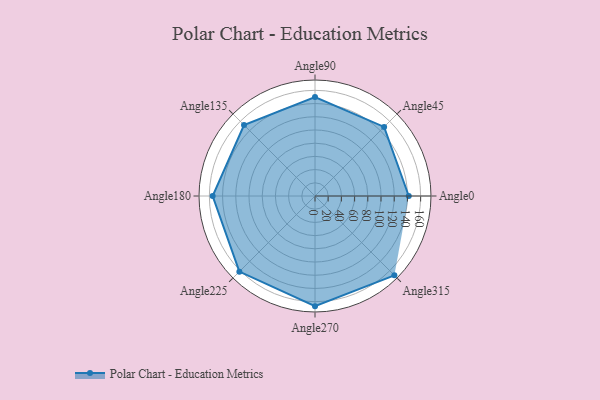
{"axis": {"x": "Angle", "y": "Radius"}, "legend": [""], "data": [{"x": "Angle0", "y": 142.0, "type": ""}, {"x": "Angle45", "y": 148.0, "type": ""}, {"x": "Angle90", "y": 150.0, "type": ""}, {"x": "Angle135", "y": 152.0, "type": ""}, {"x": "Angle180", "y": 155.0, "type": ""}, {"x": "Angle225", "y": 162.0, "type": ""}, {"x": "Angle270", "y": 167.0, "type": ""}, {"x": "Angle315", "y": 170, "type": ""}]}